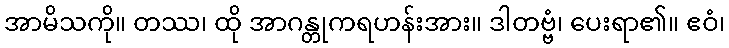
အာမိသကို။ တဿ၊ ထို အာဂန္တုကရဟန်းအား။ ဒါတဗ္ဗံ၊ ပေးရာ၏။ ဧဝံ၊